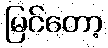
မြင်တော့